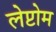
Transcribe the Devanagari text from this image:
लेप्टोम